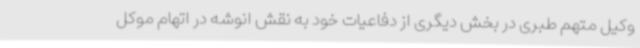
وکیل متهم طبری در بخش دیگری از دفاعیات خود به نقش انوشه در اتهام موکل